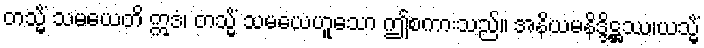
တသ္မိံ သမယေတိ ဣဒံ၊ တသ္မိံ သမယေဟူသော ဤစကားသည်။ အနိယမနိဒ္ဒိဋ္ဌဿ၊ယသ္မိံ